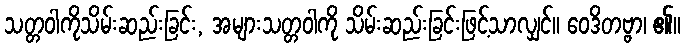
သတ္တဝါကိုသိမ်းဆည်းခြင်း, အများသတ္တဝါကို သိမ်းဆည်းခြင်းဖြင့်သာလျှင်။ ဝေဒိတဗ္ဗာ၊ ၏။